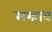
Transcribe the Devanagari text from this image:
सम्हाव